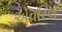
એવરિલ